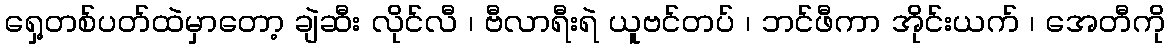
ရှေ့တစ်ပတ်ထဲမှာတော့ ချဲဆီး လိုင်လီ ၊ ဗီလာရီးရဲ ယူဗင်တပ် ၊ ဘင်ဖီကာ အိုင်းယက် ၊ အေတီကို